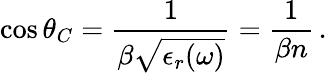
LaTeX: \cos\theta_{C}=\frac{1}{\beta\sqrt{\epsilon_{r}(\omega)}}=\frac{1}{\beta n}\, .